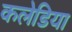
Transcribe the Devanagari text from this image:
कलेडिया